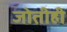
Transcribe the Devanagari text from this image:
जोतीही